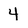
Character: 4